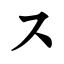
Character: ス